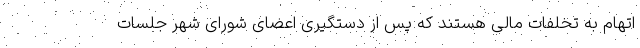
اتهام به تخلفات مالی هستند که پس از دستگیری اعضای شورای شهر جلسات